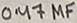
Text: 0.47µF